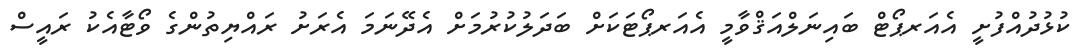
ކުޅުދުއްފުށީ އެއަރޕޯޓް ބައިނަލްއަޤްވާމީ އެއަރޕޯޓަކަށް ބަދަލުކުރުމަށް އެދޭނަމަ އެރަށު ރައްޔިތުންގެ ވޯޓާއެކު ރައީސް